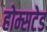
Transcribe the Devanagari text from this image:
होम्सटेड